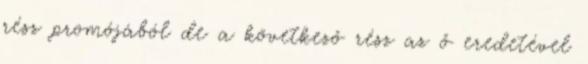
rész promójából de a következő rész az ő eredetével